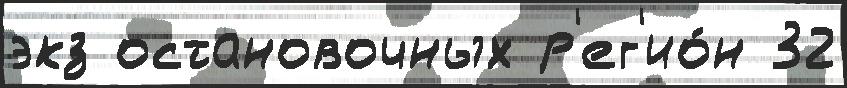
экз остановочных р'ег'ио́н 32